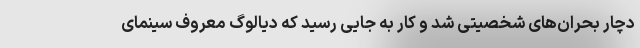
دچار بحران‌های شخصیتی شد و کار به جایی رسید که دیالوگ معروف سینمای